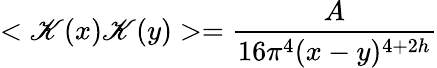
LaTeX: <\mathscr{K}(x)\mathscr{K}(y)>=\frac{{A}}{{16\pi^{4}(x-y)^{4+2h}}}